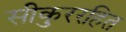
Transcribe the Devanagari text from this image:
सीकुररहित